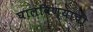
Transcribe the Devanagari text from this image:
घालविण्याची